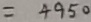
= 4 9 5 0